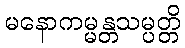
မနောကမ္မန္တသမ္ပတ္တိ